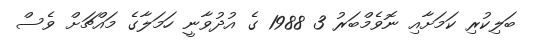
ބަލިކުރި ކަމަށާއި ނޮވެމްބަރު 3 1988 ގެ އުދުވާނީ ހަމަލާގެ މައްޗަށް ވެސް